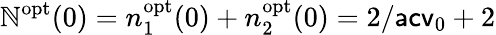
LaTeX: \mathbb{N}^{\mathrm{{opt}}}(0)=n_{1}^{\mathrm{{opt}}}(0)+n_{2}^{\mathrm{{opt}}}(0)=2/\mathsf{{acv}}_{0}+2